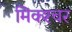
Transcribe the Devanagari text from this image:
मिक्‍श्‍चर